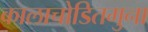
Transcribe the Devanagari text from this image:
कालाचोडितमुना